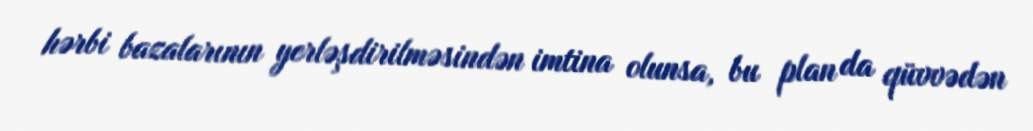
hərbi bazalarının yerləşdirilməsindən imtina olunsa, bu plan da qüvvədən